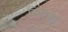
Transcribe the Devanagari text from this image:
विरक्षा